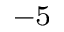
^ { - 5 }